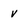
Character: v